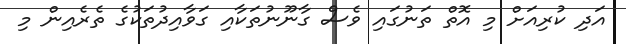
އަދި ކުރިއަށް މި އޮތް ތަނުގައި ވެސް ގާނޫނުތަކާއި ގަވާއިދުތަކުގެ ތެރެއިން މި